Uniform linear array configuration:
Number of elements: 64
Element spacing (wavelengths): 0.25
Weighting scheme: kaiser
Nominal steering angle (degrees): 0
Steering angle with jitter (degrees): -0.6231
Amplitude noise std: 0.05
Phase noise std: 0.05

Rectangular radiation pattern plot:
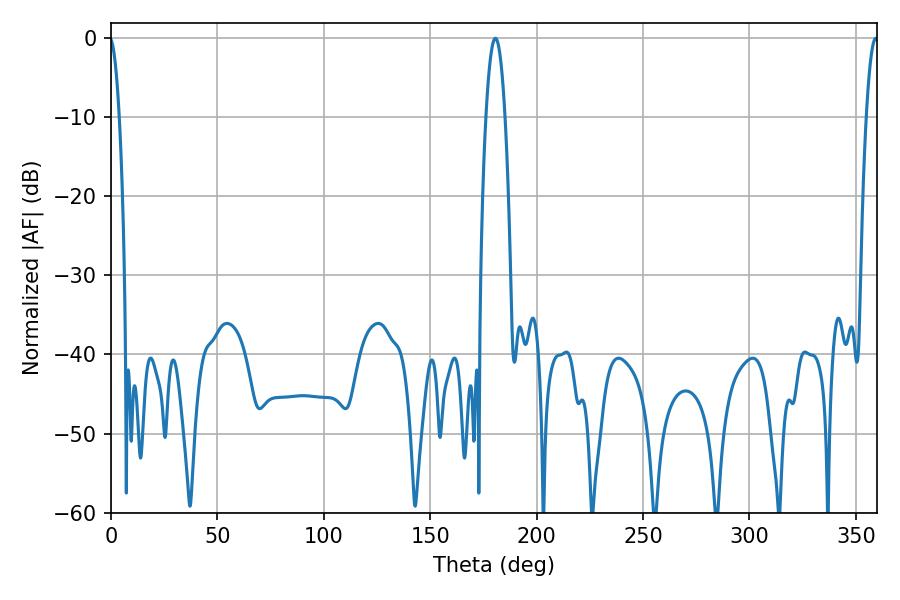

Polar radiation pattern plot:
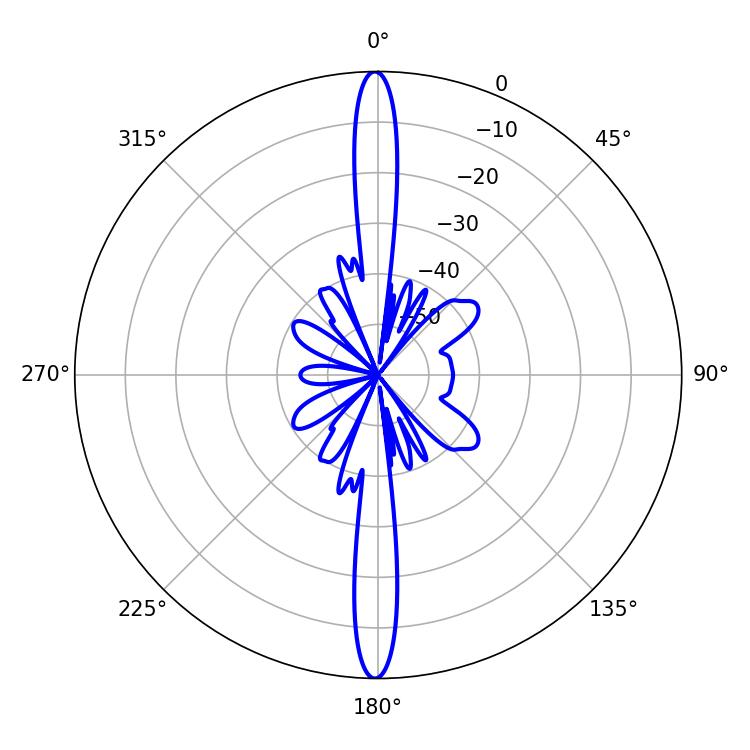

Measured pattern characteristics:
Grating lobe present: FALSE
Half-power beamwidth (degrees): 4.86
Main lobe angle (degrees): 180.54